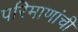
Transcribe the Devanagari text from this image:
परिमाणांची